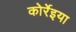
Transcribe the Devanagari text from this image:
कोर्रेइया